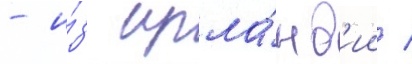
- и́з ирла́нд'ии /